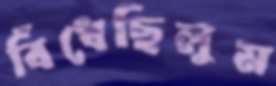
বিঁধেছিলুম